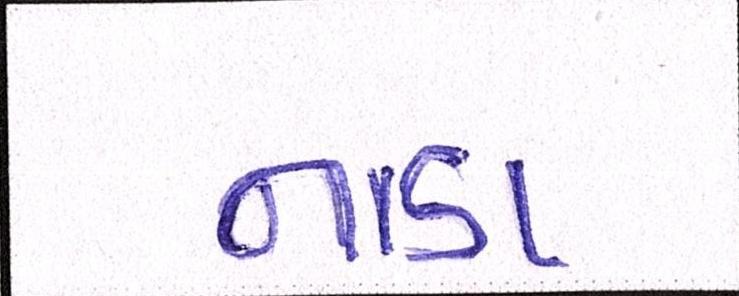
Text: નાડા